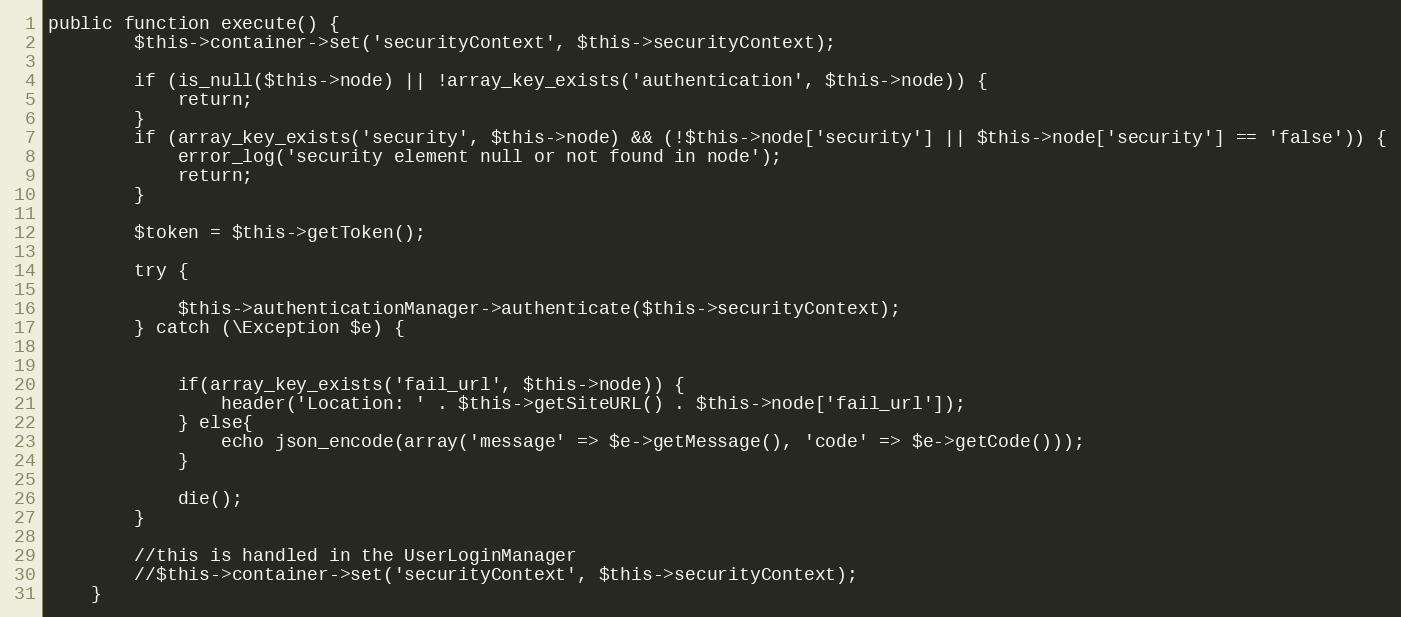
Language: PHP
public function execute() {
        $this->container->set('securityContext', $this->securityContext);

        if (is_null($this->node) || !array_key_exists('authentication', $this->node)) {
            return;
        }
        if (array_key_exists('security', $this->node) && (!$this->node['security'] || $this->node['security'] == 'false')) {
            error_log('security element null or not found in node');
            return;
        }

        $token = $this->getToken();

        try {

            $this->authenticationManager->authenticate($this->securityContext);
        } catch (\Exception $e) {

            if(array_key_exists('fail_url', $this->node)) {
                header('Location: ' . $this->getSiteURL() . $this->node['fail_url']);
            } else{
                echo json_encode(array('message' => $e->getMessage(), 'code' => $e->getCode()));
            }

            die();
        }

        //this is handled in the UserLoginManager
        //$this->container->set('securityContext', $this->securityContext);
    }